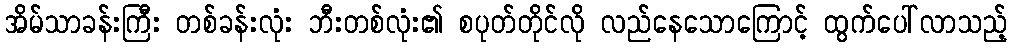
အိမ်သာခန်းကြီး တစ်ခန်းလုံး ဘီးတစ်လုံး၏ စပုတ်တိုင်လို လည်နေသောကြောင့် ထွက်ပေါ်လာသည့်